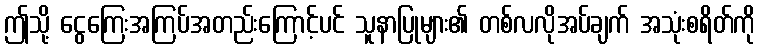
ဤသို့ ငွေကြေးအကြပ်အတည်းကြောင့်ပင် သူနာပြုများ၏ တစ်လလိုအပ်ချက် အသုံးစရိတ်ကို